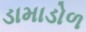
ડામાડોળ